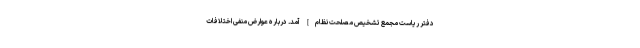
دفتر ریاست مجمع تشخیص مصلحت نظام] آمد. درباره عوارض منفى اختلافات